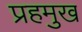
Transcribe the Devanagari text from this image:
प्रहमुख